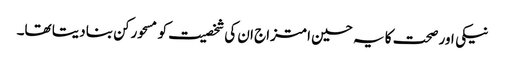
نیکی اور صحت کا یہ حسین امتزاج ان کی شخصیت کو مسحورکن بنا دیتا تھا۔